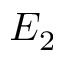
E _ { 2 }